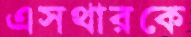
এসথারকে